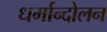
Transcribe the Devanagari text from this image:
धर्मान्दोलन